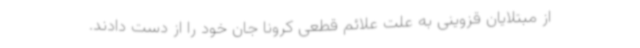
از مبتلایان قزوینی به علت علائم قطعی کرونا جان خود را از دست دادند.